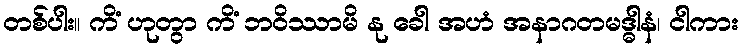
တစ်ပါး။ ကိံ ဟုတွာ ကိံ ဘဝိဿာမိ နု ခေါ အဟံ အနာဂတမဒ္ဓါနံ၊ ငါကား